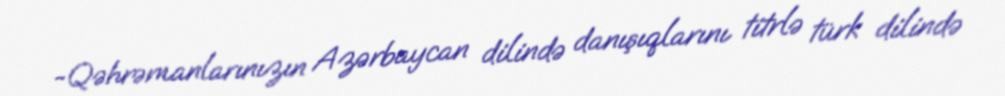
-Qəhrəmanlarınızın Azərbaycan dilində danışıqlarını titrlə türk dilində